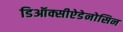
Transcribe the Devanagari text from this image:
डिऑक्सीऐडेनोसिन